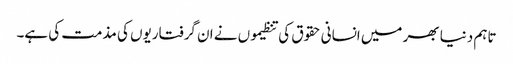
تاہم دنیا بھر میں انسانی حقوق کی تنظیموں نے ان گرفتاریوں کی مذمت کی ہے۔